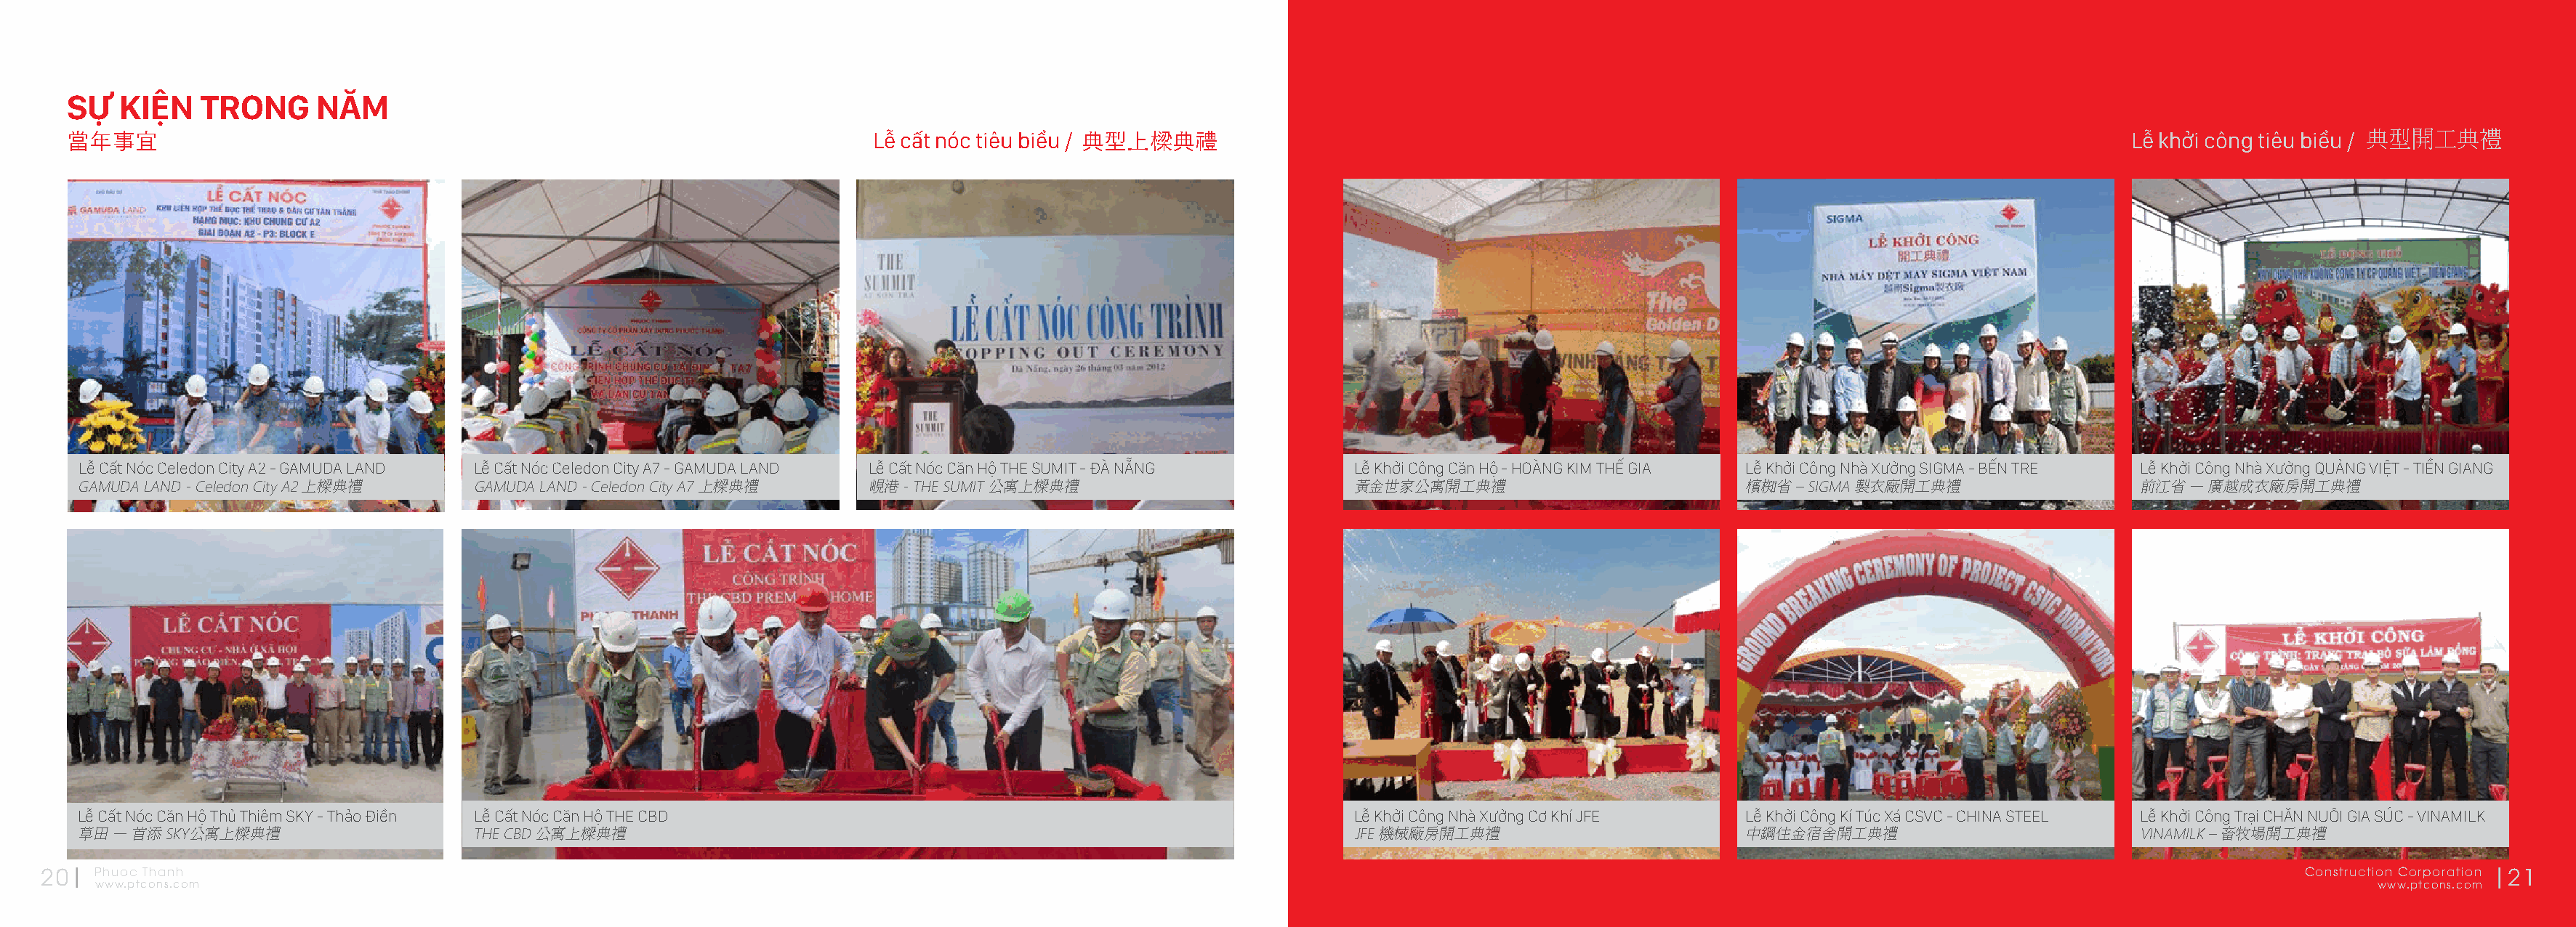
SỰ   KIỆN   TRONG      NĂM
 當年事宜                                                                      Lễ cất nóc tiêu biểu / 典型上樑典禮                                                                                     Lễ khởi công tiêu biểu / 典型開工典禮
 Lễ Cất Nóc Celedon City A2 - GAMUDA LAND Lễ Cất Nóc Celedon City A7 - GAMUDA LAND Lễ Cất Nóc Căn Hộ THE SUMIT - ĐÀ NẴNG Lễ Khởi Công Căn Hộ - HOÀNG KIM THẾ GIA Lễ Khởi Công Nhà Xưởng SIGMA - BẾN TRE Lễ Khởi Công Nhà Xưởng QUẢNG VIỆT - TIỀN GIANG
 GAMUDA LAND - Celedon City A2 上樑典禮  GAMUDA LAND - Celedon City A7 上樑典禮  峴港 - THE SUMIT 公寓上樑典禮                       黃金世家公寓開工典禮                          檳椥省 – SIGMA 製衣廠開工典禮                 前江省 – 廣越成衣廠房開工典禮
 Lễ Cất Nóc Căn Hộ Thủ Thiêm SKY - Thảo Điền Lễ Cất Nóc Căn Hộ THE CBD                                               Lễ Khởi Công Nhà Xưởng Cơ Khí JFE   Lễ Khởi Công Kí Túc Xá CSVC - CHINA STEEL Lễ Khởi Công Trại CHĂN NUÔI GIA SÚC - VINAMILK
 草田 – 首添 SKY公寓上樑典禮                   THE CBD 公寓上樑典禮                                                                  JFE 機械廠房開工典禮                        中鋼住金宿舍開工典禮                          VINAMILK – 畜牧場開工典禮
 20   Phuoc Thanh                                                                                                                                                                                              Construction Corporation 21
 www.ptcons.com                                                                                                                                                                                                  www.ptcons.com